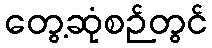
တွေ့ဆုံစဉ်တွင်